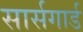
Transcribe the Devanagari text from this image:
सार्सगार्ड